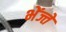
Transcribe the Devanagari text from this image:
भेंज्ते